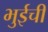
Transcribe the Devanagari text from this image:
भुईची